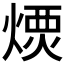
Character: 𤌪